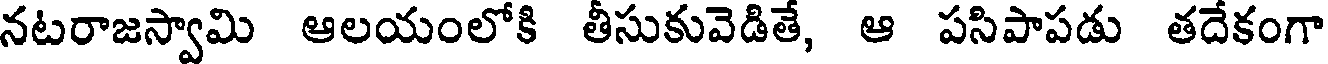
నటరాజస్వామి ఆలయంలోకి తీసుకువెడితే, ఆ పసిపాపడు తదేకంగా